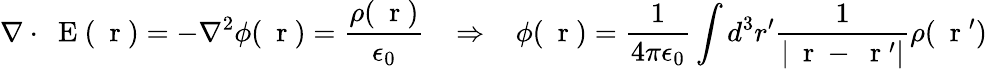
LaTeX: \nabla\cdot\mathrm{~\mathbf~E~}(\mathrm{~\mathbf~r~})=-\nabla^{2}\phi(\mathrm{~\mathbf~r~})=\frac{\rho(\mathrm{~\mathbf~r~})}{\epsilon_{0}}\; \; \; \Rightarrow\; \; \; \phi(\mathrm{~\mathbf~r~})=\frac{1}{4\pi\epsilon_{0}}\int d^{3}r^{\prime}\frac{1}{|\mathrm{~\mathbf~r~}-\mathrm{~\mathbf~r~}^{\prime}|}\rho(\mathrm{~\mathbf~r~}^{\prime})